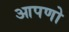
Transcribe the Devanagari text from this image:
आपणो